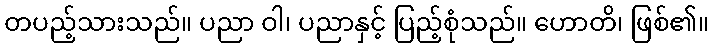
တပည့်သားသည်။ ပညာ ဝါ၊ ပညာနှင့် ပြည့်စုံသည်။ ဟောတိ၊ ဖြစ်၏။